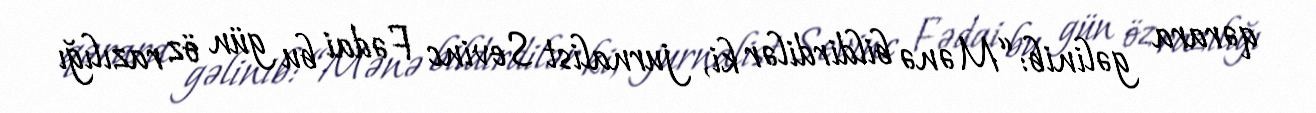
qərara gəlinib: “Mənə bildirdilər ki, jurnalist Sevinc Fədai bu gün öz razılığı